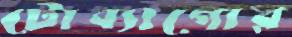
টোব্যাগোর